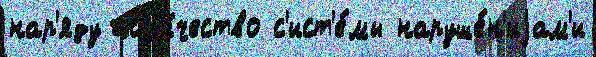
нар'яду кол'и́чество с'ист'е́мы наруше́н'иjам'и